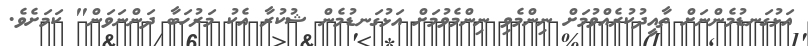
އަޅުގަނޑުމެންނަށް ތާއީދުކުރެއްވުމަށް ނިންމެވި ނިންމެވުމަށް އަޅުގަނޑުމެން ޝުކުރާ އެކު މަރުހަބާ ދަންނަވަން" ކަމަށެވެ.